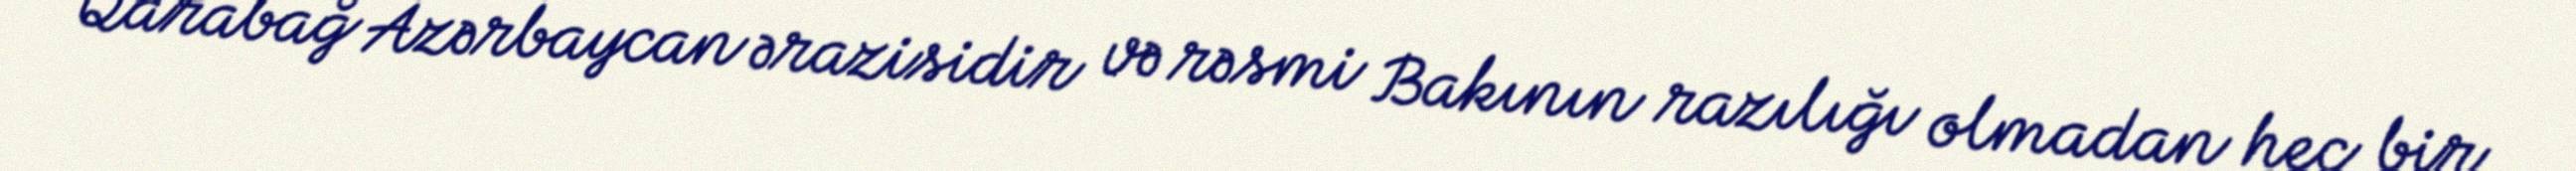
Qarabağ Azərbaycan ərazisidir və rəsmi Bakının razılığı olmadan heç bir